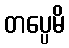
တပ္ပေမိ